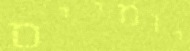
יומיים